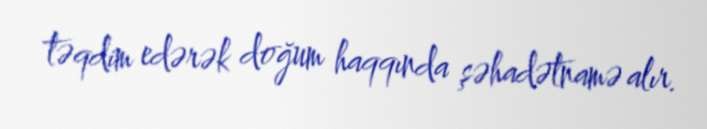
təqdim edərək doğum haqqında şəhadətnamə alır.